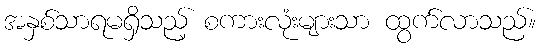
အနှစ်သာရမရှိသည့် စကားလုံးများသာ ထွက်လာသည်။